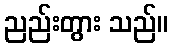
ညည်းတွား သည်။